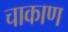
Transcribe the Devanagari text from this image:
चाकाण